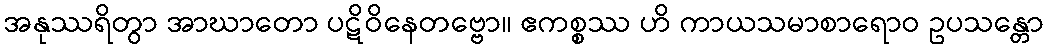
အနုဿရိတွာ အာဃာတော ပဋိဝိနေတဗ္ဗော။ ဧကစ္စဿ ဟိ ကာယသမာစာရောဝ ဥပသန္တော